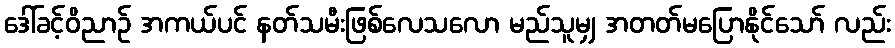
ဒေါ်ခင့်ဝိညာဉ် အကယ်ပင် နတ်သမီးဖြစ်လေသလော မည်သူမျှ အတတ်မပြောနိုင်သော် လည်း